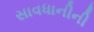
સાવધાનીની